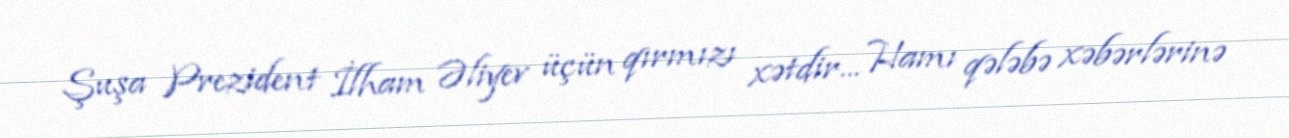
Şuşa Prezident İlham Əliyev üçün qırmızı xətdir... Hamı qələbə xəbərlərinə